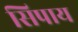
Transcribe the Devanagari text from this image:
सिपाय